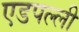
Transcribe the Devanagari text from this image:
एडपल्ली